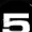
Digit: 5